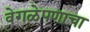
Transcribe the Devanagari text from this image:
वेगळेपणाचा